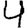
Digit: 4